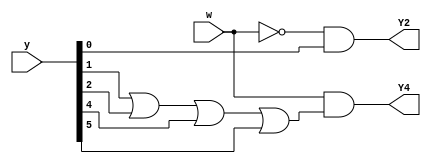
module top_module (
    input [6:1] y,
    input w,
    output Y2,
    output Y4);

    //-------------Internal Constants-----------------
    parameter A=1, B=2, C=3, D=4, E=5, F=6;  //Bit positions of one hot encoding used
    
    // Output logic - Combinational output logic 
    // Y2 = ~w & y[1]
    assign Y2 = ~w & y[A] ;  
    // Y4 = w & (y[2] | y[3] | y[5] | y[6])
    assign Y4 = w & (y[B] | y[C] | y[E] | y[F]) ;    
    
endmodule